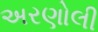
અરણોલી